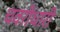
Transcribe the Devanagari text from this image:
चवरीधारी